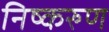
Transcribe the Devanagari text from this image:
निष्करुण